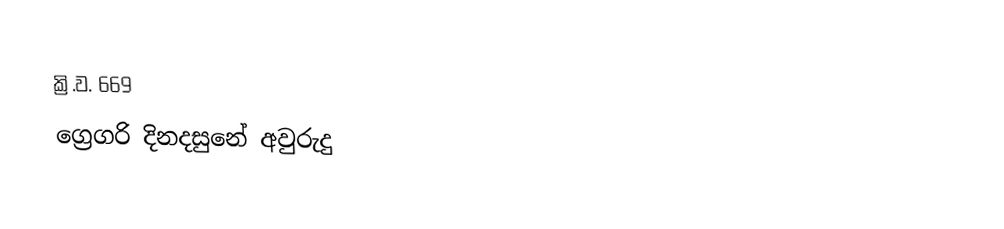
ක්‍රි.ව. 669
ග්‍රෙගරි දිනදසුනේ අවුරුදු